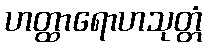
ဟတ္ထာရောဟသုတ္တံ